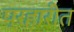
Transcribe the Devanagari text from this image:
प्रहारीत